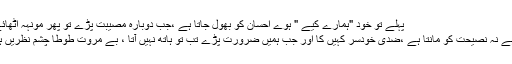
پہلے تو خود "ہمارے کیے " ہوے احسان کو بھول جاتا ہے ،جب دوبارہ مصیبت پڑے تو پھر مونہہ اٹھائے چلا آتا ہے...
نہ مشورہ سنتا ہے نہ نصیحت کو مانتا ہے ،ضدی خودسر کہیں کا اور جب ہمیں ضرورت پڑے تب تو ہاتھ نہیں آتا ، بے مروت طوطا چشم نظریں ہی پھیر لیتا ہے۔